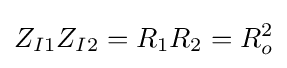
Z_{I1}Z_{I2}=R_{1}R_{2}=R_{o}^{2}